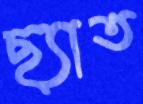
ছ্যাত